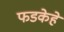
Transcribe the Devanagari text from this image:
फडकेहे